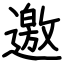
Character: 邀